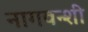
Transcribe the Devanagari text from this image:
नागवन्शी